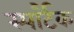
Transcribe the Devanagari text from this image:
स्पार्टैक